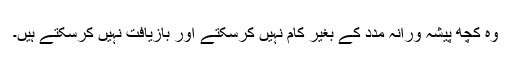
وہ کچھ پیشہ ورانہ مدد کے بغیر کام نہیں کرسکتے اور بازیافت نہیں کرسکتے ہیں۔